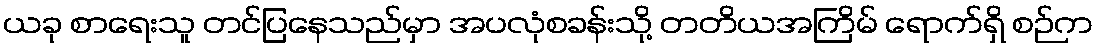
ယခု စာရေးသူ တင်ပြနေသည်မှာ အပလုံစခန်းသို့ တတိယအကြိမ် ရောက်ရှိ စဉ်က